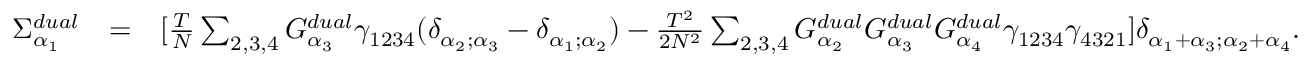
\begin{array} { r l r } { \Sigma _ { \alpha _ { 1 } } ^ { d u a l } } & { = } & { [ \frac { T } { N } \sum _ { 2 , 3 , 4 } G _ { \alpha _ { 3 } } ^ { d u a l } \gamma _ { 1 2 3 4 } ( \delta _ { \alpha _ { 2 } ; \alpha _ { 3 } } - \delta _ { \alpha _ { 1 } ; \alpha _ { 2 } } ) - \frac { T ^ { 2 } } { 2 N ^ { 2 } } \sum _ { 2 , 3 , 4 } G _ { \alpha _ { 2 } } ^ { d u a l } G _ { \alpha _ { 3 } } ^ { d u a l } G _ { \alpha _ { 4 } } ^ { d u a l } \gamma _ { 1 2 3 4 } \gamma _ { 4 3 2 1 } ] \delta _ { \alpha _ { 1 } + \alpha _ { 3 } ; \alpha _ { 2 } + \alpha _ { 4 } } . } \end{array}